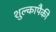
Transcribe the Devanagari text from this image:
शुल्कापैकी